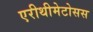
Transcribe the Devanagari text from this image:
एरीथीमेटोसस